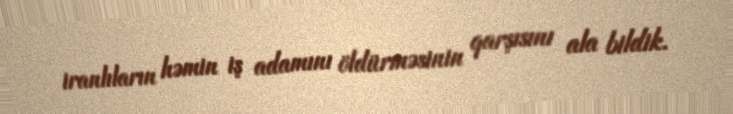
iranlıların həmin iş adamını öldürməsinin qarşısını ala bildik.